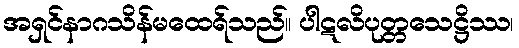
အရှင်နာဂသိန်မထေရ်သည်။ ပါဋလိပုတ္တသေဋ္ဌိဿ၊